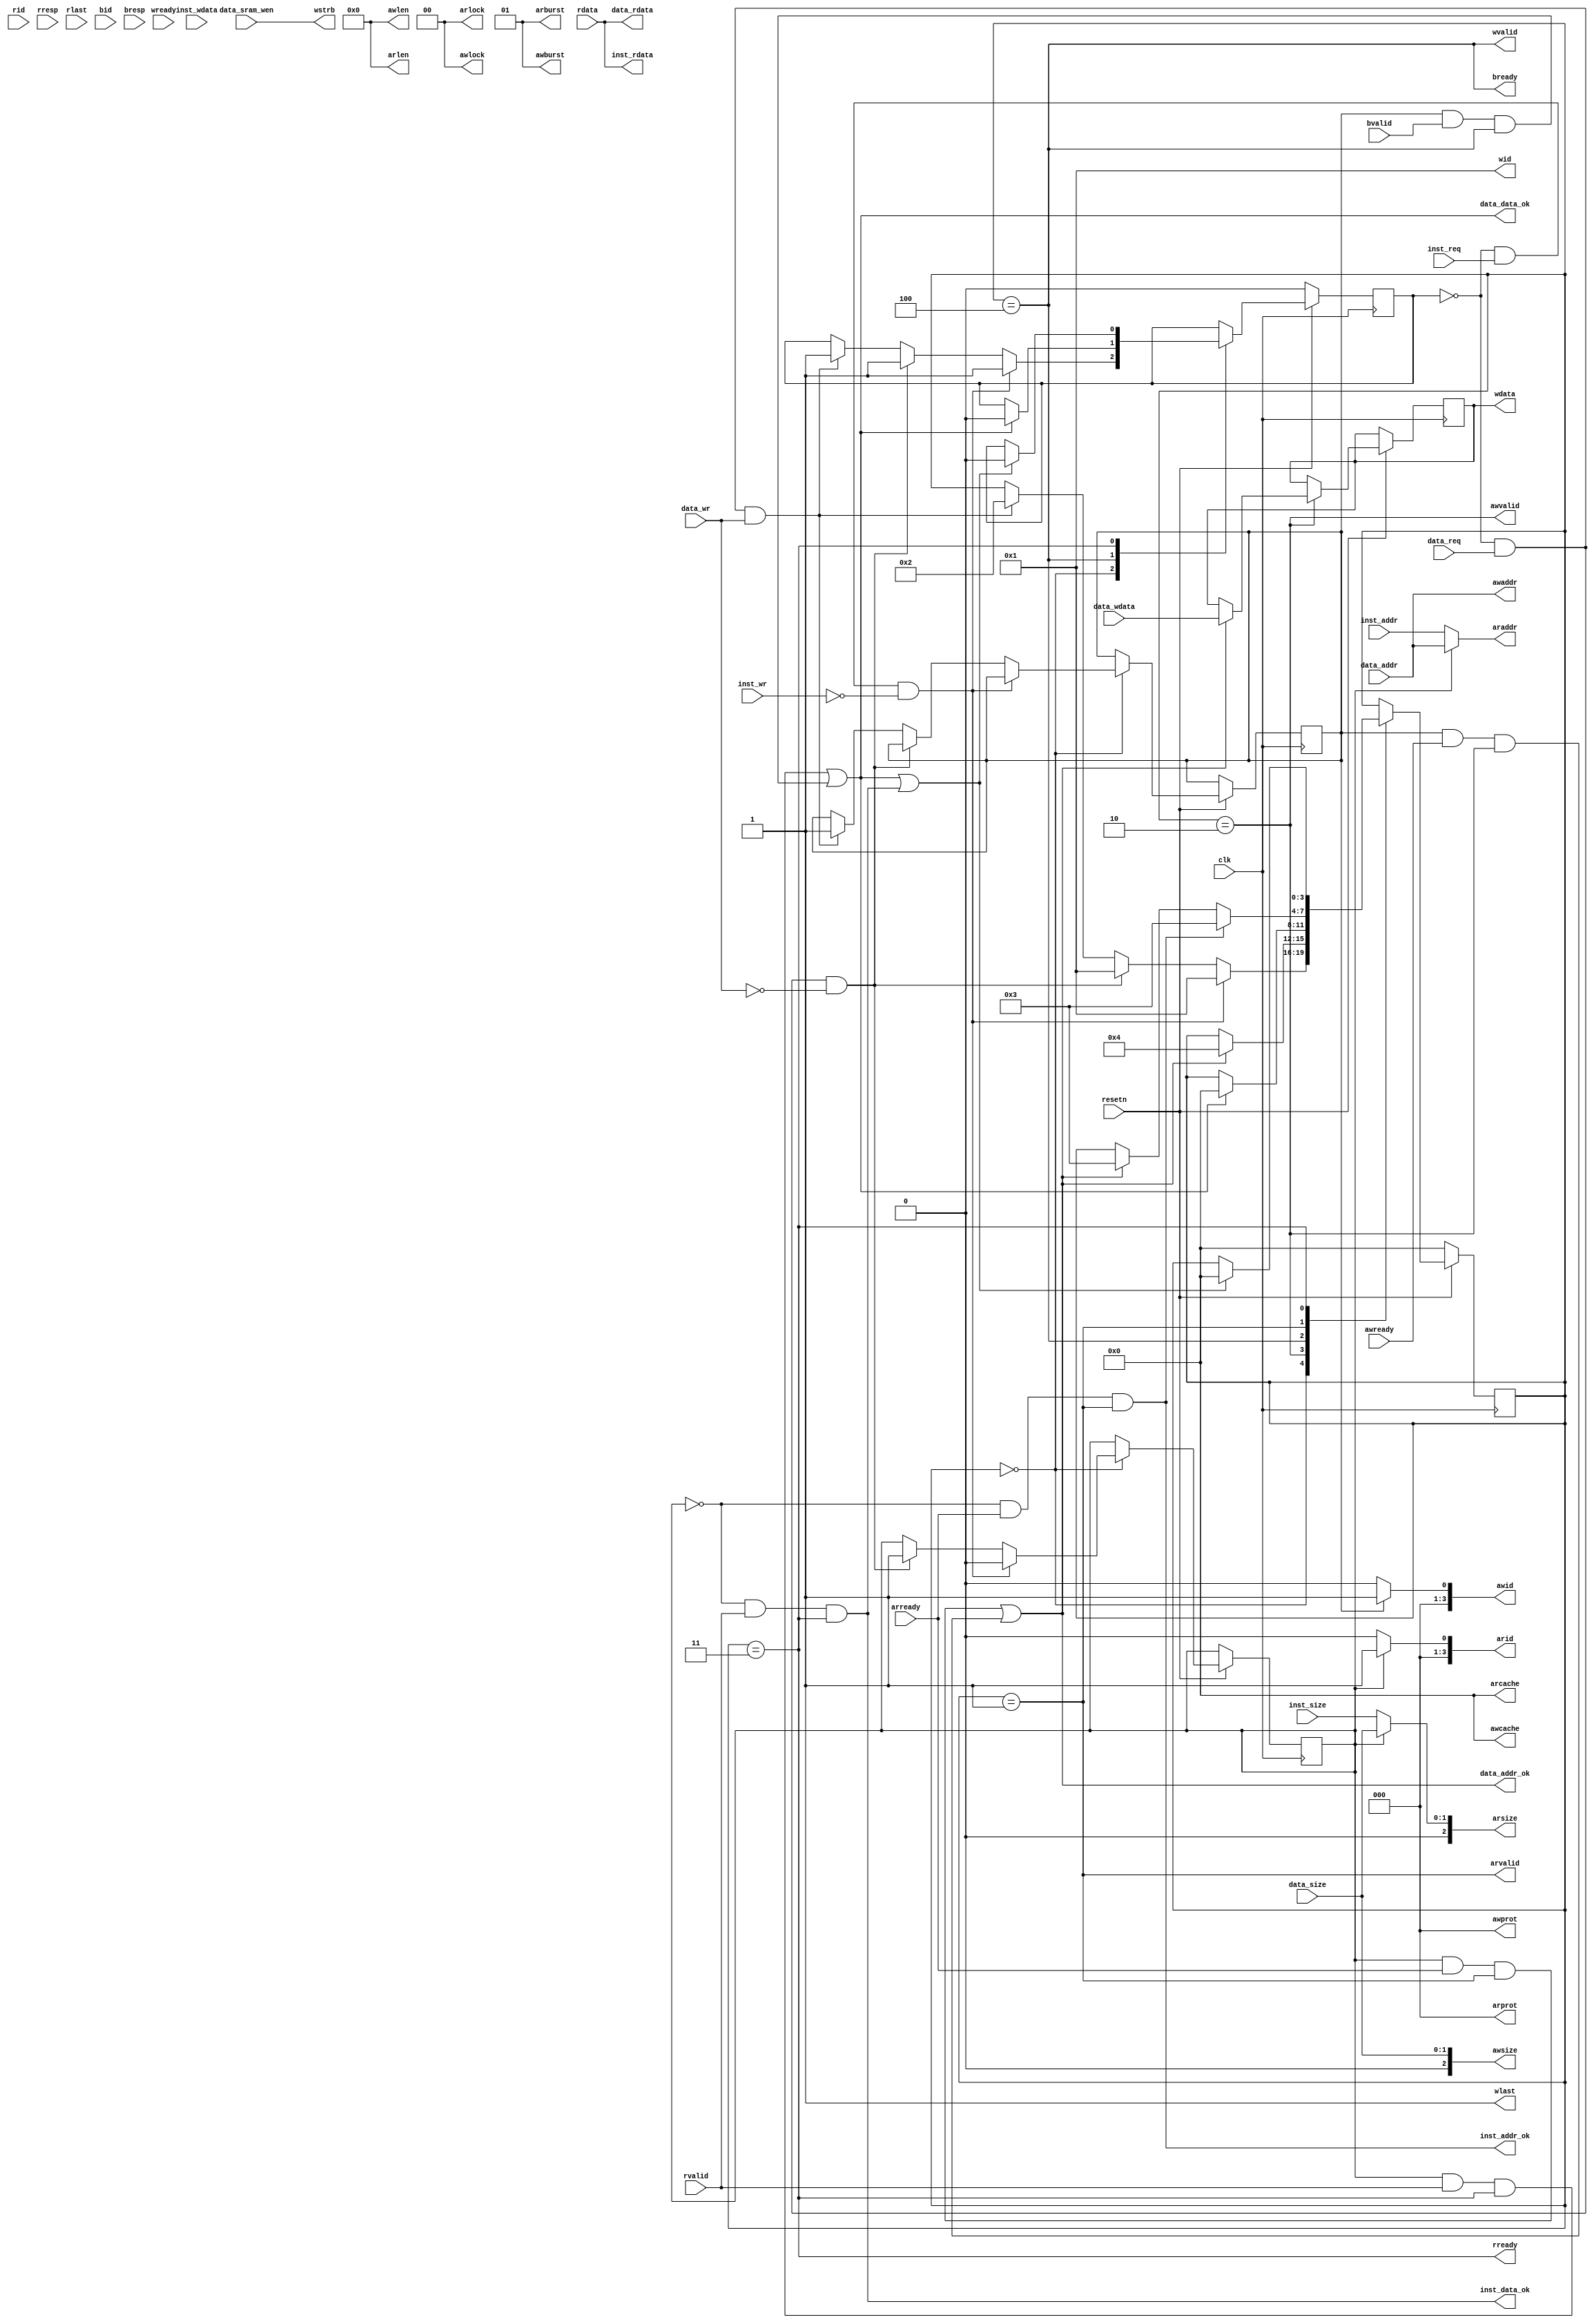
module cpu_axi_interface
(
    input         clk,
    input         resetn, 
    input  [3:0]       data_sram_wen,
    //inst sram-like 
    input         inst_req     ,
    input         inst_wr      ,
    input  [1 :0] inst_size    ,
    input  [31:0] inst_addr    ,
    input  [31:0] inst_wdata   ,
    output [31:0] inst_rdata   ,
    output        inst_addr_ok ,
    output        inst_data_ok ,
    
    //data sram-like 
    input         data_req     ,
    input         data_wr      ,
    input  [1 :0] data_size    ,
    input  [31:0] data_addr    ,
    input  [31:0] data_wdata   ,
    output [31:0] data_rdata   ,
    output        data_addr_ok ,
    output        data_data_ok ,

    //axi
    //ar
    output [3 :0] arid         ,
    output [31:0] araddr       ,
    output [7 :0] arlen        ,
    output [2 :0] arsize       ,
    output [1 :0] arburst      ,
    output [1 :0] arlock       ,
    output [3 :0] arcache      ,
    output [2 :0] arprot       ,
    output        arvalid      ,
    input         arready      ,
    //r           
    input  [3 :0] rid          ,
    input  [31:0] rdata        ,
    input  [1 :0] rresp        ,
    input         rlast        ,
    input         rvalid       ,
    output        rready       ,
    //aw          
    output [3 :0] awid         ,
    output [31:0] awaddr       ,
    output [7 :0] awlen        ,
    output [2 :0] awsize       ,
    output [1 :0] awburst      ,
    output [1 :0] awlock       ,
    output [3 :0] awcache      ,
    output [2 :0] awprot       ,
    output        awvalid      ,
    input         awready      ,
    //w          
    output [3 :0] wid          ,
    output [31:0] wdata        ,
    output [3 :0] wstrb        ,
    output        wlast        ,
    output        wvalid       ,
    input         wready       ,
    //b           
    input  [3 :0] bid          ,
    input  [1 :0] bresp        ,
    input         bvalid       ,
    output        bready            
);
parameter INIT = 4'd0;
parameter WAIT_RADDR = 4'd1;
parameter WAIT_WADDR = 4'd2;
parameter WAIT_RDATA = 4'd3;
parameter WAIT_WDATA = 4'd4;

reg [3:0] state;

wire [31:0] r_addr;
wire [1:0] r_size;
reg r_id;
reg axi_use;


wire [31:0] w_addr;
reg [31:0] w_data;
wire [1:0] w_size;
reg w_id;




always @(posedge clk ) begin
    if (~resetn) begin
        // reset
        state<=INIT;
        axi_use<=1'd0;
    end
    else begin
        case(state)
            INIT:begin
                if(~axi_use&inst_req&~inst_wr)begin
                    state<=WAIT_RADDR;
                    r_id<=1'd0;
                    axi_use<=1'd1;
                end
                else if(~axi_use&data_req&~data_wr)begin
                    state<=WAIT_RADDR;
                    r_id<=1'd1;
                    axi_use<=1'd1;
                end
                else if(~axi_use&data_req&data_wr)begin
                    state<=WAIT_WADDR;
                    w_id<=1'd1;
                    axi_use<=1'd1;
                end
            end
            WAIT_WADDR:begin
                if(data_addr_ok)begin
                    state<=WAIT_WDATA;
                    w_data<=data_wdata;
                end   
            end 
            WAIT_WDATA:begin
                if(data_data_ok)begin
                    state<=INIT;
                    axi_use<=1'd0;
                end
            end
            WAIT_RADDR:begin
                if(inst_addr_ok)begin
                    state<=WAIT_RDATA;
                end
                else if(data_addr_ok)begin
                    state<=WAIT_RDATA;
                      
                end   
            end 
            WAIT_RDATA:begin
                if(data_data_ok|inst_data_ok)begin
                    state<=INIT;
                    axi_use<=1'd0;
                end
            end
        endcase
    end
end
assign r_addr = (r_id==1'd0)?inst_addr:data_addr;
assign r_size = (r_id==1'd0)?inst_size:data_size;

assign w_addr = data_addr;

assign w_size = data_size;

reg [3:0] w_strb;
always @(posedge clk) begin
    if (~resetn) begin
        // reset
        w_strb<=4'd0;
    end
    else if(data_addr_ok&&data_size==2'b00&&data_addr[1:0]==2'b00)begin
            w_strb<=4'b0001;
    end 
    else if(data_addr_ok&&data_size==2'b00&&data_addr[1:0]==2'b01)begin
            w_strb<=4'b0010;
    end 
    else if(data_addr_ok&&data_size==2'b00&&data_addr[1:0]==2'b10)begin
            w_strb<=4'b0100;
    end 
    else if(data_addr_ok&&data_size==2'b00&&data_addr[1:0]==2'b11)begin
            w_strb<=4'b1000;
    end
    else if(data_addr_ok&&data_size==2'b01&&data_addr[1:0]==2'b00)begin
            w_strb<=4'b0011;
    end
    else if(data_addr_ok&&data_size==2'b01&&data_addr[1:0]==2'b10)begin
            w_strb<=4'b1100;
    end
    else if(data_addr_ok&&data_size==2'b10&&data_addr[1:0]==2'b00)begin
            w_strb<=4'b1111;
    end

end

//inst sram-like
assign inst_rdata = rdata;
assign inst_addr_ok = ((r_id==1'd0)&arready&(state==WAIT_RADDR));
assign inst_data_ok = ((r_id==1'd0)&rvalid &(state==WAIT_RDATA));
//data sram-like
assign data_rdata = rdata;
assign data_addr_ok = ((r_id==1'd1)&arready&(state==WAIT_RADDR))|((w_id==1'd1)&awready&(state==WAIT_WADDR));
assign data_data_ok = ((r_id==1'd1)&rvalid &(state==WAIT_RDATA))|((w_id==1'd1)&bvalid &(state==WAIT_WDATA));


// ar
assign arid    = (r_id==1'd0)?4'd0:4'd1;
assign araddr  = r_addr;
assign arlen   = 8'd0;
assign arsize  = r_size;
assign arburst = 2'b01;
assign arlock  = 2'b00;
assign arcache = 4'd0;
assign arprot  = 3'd0;
assign arvalid = (state==WAIT_RADDR);
//r
assign rready  = (state==WAIT_RDATA);
//aw
assign awid    = (w_id==1'd0)?4'd0:4'd1;
assign awaddr  = w_addr;
assign awlen   = 8'd0;
assign awsize  = w_size;
assign awburst = 2'b01;
assign awlock  = 2'd0;
assign awcache = 4'd0;
assign awprot  = 3'd0;
assign awvalid = (state==WAIT_WADDR);

//w
assign wid     = 4'd1;
assign wdata   = w_data;
assign wstrb   = data_sram_wen;
assign wlast   = 1'b1;
assign wvalid  = (state==WAIT_WDATA);
//b
assign bready  = (state==WAIT_WDATA);
endmodule